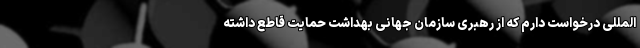
المللی درخواست دارم که از رهبری سازمان جهانی بهداشت حمایت قاطع داشته